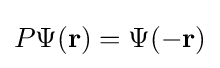
P\Psi (\mathbf {r} )=\Psi (-\mathbf {r} )